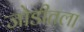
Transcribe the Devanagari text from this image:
जोडीतला